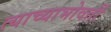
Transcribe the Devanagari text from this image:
त्याच्याभोवतीं